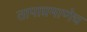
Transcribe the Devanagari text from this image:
तापाप्रमाणेच